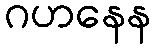
ဂဟနေန